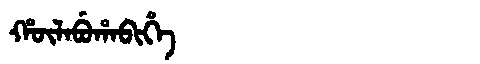
Manchu: ᡥᡡᠯᠠᠪᡠᡥᠠᠪᡳᡥᡝ
Romanization: HŪLABUHABIHE